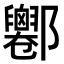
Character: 𨟦